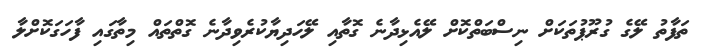
ތަފާތު ލޭގެ ގުރޫޕުތަކަށް ނިސްބަތްކޮށް ލޭއެޅިދާނެ ގޮތާއި ލޭހަދިޔާކުރެވިދާނެ ގޮތްތައް މިތާގައި ފާހަގަކޮށްލާ